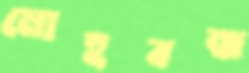
মোহবন্ধ